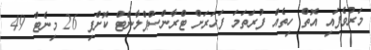
މަރުވެފައި އޮތް ހިތެއް ފުރަތަމަ ފަހަރަށް ޓްރާންސްޕްލާންޓް ކޮށްފި 26 މިނެޓް 49